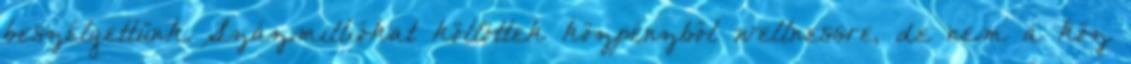
beszélgettünk. Százmilliókat költöttek közpénzből wellnessre, de nem a köz